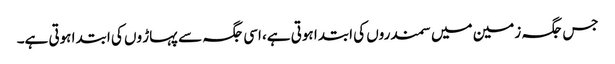
جس جگہ زمین میں سمندروں کی ابتدا ہوتی ہے، اسی جگہ سے پہاڑ وں کی ابتدا ہوتی ہے۔